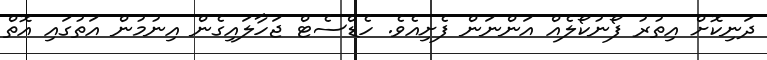
ދަނިކޮށް އިތުރު ފޯނުކޯލެއް އަންނަން ފެށިއެވެ. ހެޑްސެޓް ޖަހާލައިގެން އިނުމުން އަތުގައި އޮތް